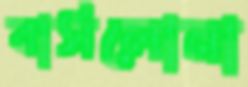
বার্সলোনা